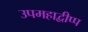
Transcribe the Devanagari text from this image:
उपमहाद्वीप्प